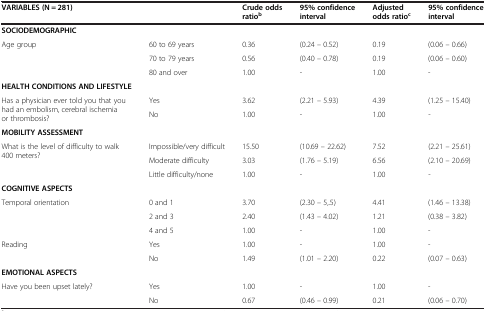
<table><thead><tr><td colspan="2"><b>VARIABLES (N = 281)</b></td><td><b>Crude odds ratio<sup>b</sup></b></td><td><b>95% confidence interval</b></td><td><b>Adjusted odds ratio<sup>c</sup></b></td><td><b>95% confidence interval</b></td></tr></thead><tbody><tr><td><b>SOCIODEMOGRAPHIC</b></td><td> </td><td> </td><td> </td><td> </td><td> </td></tr><tr><td rowspan="3">Age group</td><td>60 to 69 years</td><td>0.36</td><td>(0.24 – 0.52)</td><td>0.19</td><td>(0.06 – 0.66)</td></tr><tr><td>70 to 79 years</td><td>0.56</td><td>(0.40 – 0.78)</td><td>0.19</td><td>(0.06 – 0.60)</td></tr><tr><td>80 and over</td><td>1.00</td><td>-</td><td>1.00</td><td>-</td></tr><tr><td><b>HEALTH CONDITIONS AND LIFESTYLE</b></td><td> </td><td> </td><td> </td><td> </td><td> </td></tr><tr><td rowspan="2">Has a physician ever told you that you had an embolism, cerebral ischemia or thrombosis?</td><td>Yes</td><td>3.62</td><td>(2.21 – 5.93)</td><td>4.39</td><td>(1.25 – 15.40)</td></tr><tr><td>No</td><td>1.00</td><td>-</td><td>1.00</td><td>-</td></tr><tr><td><b>MOBILITY ASSESSMENT</b></td><td> </td><td> </td><td> </td><td> </td><td> </td></tr><tr><td rowspan="3">What is the level of difficulty to walk 400 meters?</td><td>Impossible/very difficult</td><td>15.50</td><td>(10.69 – 22.62)</td><td>7.52</td><td>(2.21 – 25.61)</td></tr><tr><td>Moderate difficulty</td><td>3.03</td><td>(1.76 – 5.19)</td><td>6.56</td><td>(2.10 – 20.69)</td></tr><tr><td>Little difficulty/none</td><td>1.00</td><td>-</td><td>1.00</td><td>-</td></tr><tr><td><b>COGNITIVE ASPECTS</b></td><td> </td><td> </td><td> </td><td> </td><td> </td></tr><tr><td rowspan="3">Temporal orientation</td><td>0 and 1</td><td>3.70</td><td>(2.30 – 5,.5)</td><td>4.41</td><td>(1.46 – 13.38)</td></tr><tr><td>2 and 3</td><td>2.40</td><td>(1.43 – 4.02)</td><td>1.21</td><td>(0.38 – 3.82)</td></tr><tr><td>4 and 5</td><td>1.00</td><td>-</td><td>1.00</td><td>-</td></tr><tr><td rowspan="2">Reading</td><td>Yes</td><td>1.00</td><td>-</td><td>1.00</td><td>-</td></tr><tr><td>No</td><td>1.49</td><td>(1.01 – 2.20)</td><td>0.22</td><td>(0.07 – 0.63)</td></tr><tr><td><b>EMOTIONAL ASPECTS</b></td><td> </td><td> </td><td> </td><td> </td><td> </td></tr><tr><td rowspan="2">Have you been upset lately?</td><td>Yes</td><td>1.00</td><td>-</td><td>1.00</td><td>-</td></tr><tr><td>No</td><td>0.67</td><td>(0.46 – 0.99)</td><td>0.21</td><td>(0.06 – 0.70)</td></tr></tbody></table>